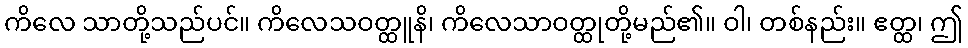
ကိလေ သာတို့သည်ပင်။ ကိလေသဝတ္ထူနိ၊ ကိလေသာဝတ္ထုတို့မည်၏။ ဝါ၊ တစ်နည်း။ ဧတ္ထ၊ ဤ